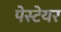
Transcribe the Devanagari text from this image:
पेस्टेयर